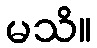
မသိ။